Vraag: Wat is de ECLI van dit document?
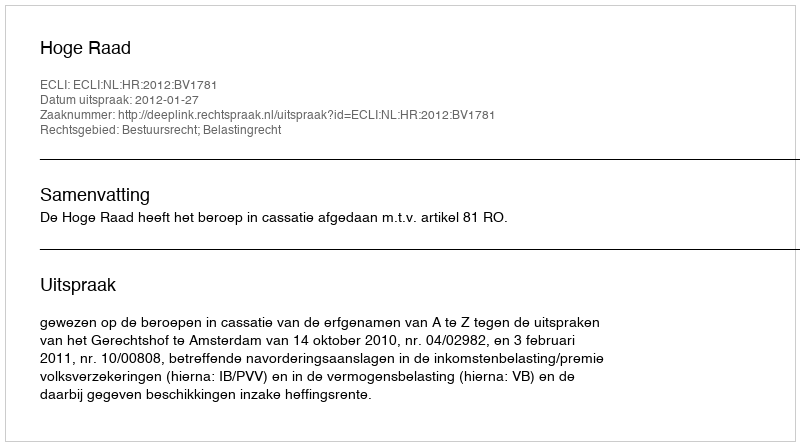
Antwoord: ECLI:NL:HR:2012:BV1781